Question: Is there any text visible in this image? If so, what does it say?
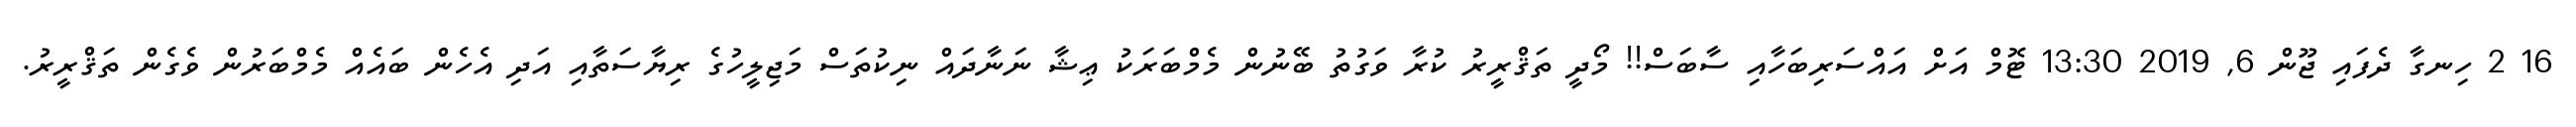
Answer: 16 2 ހިނގާ ދެފައި ޖޫން 6, 2019 13:30 ޓޮމް އަށް އައްސަރިބަހާއި ސާބަސް!! މޯދީ ތަޤްރީރު ކުރާ ވަގުތު ބޭނުން މެމްބަރަކު ޢިޝާ ނަނާދައް ނިކުތަސް މަޖިލީހުގެ ރިޔާސަތާއި އަދި އެހެން ބައެއް މެމްބަރުން ވެގެން ތަޤްރީރު.